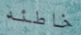
خاطئه